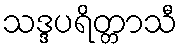
သဒ္ဒပရိတ္တာသီ